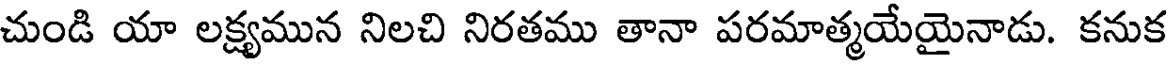
చుండి యా లక్ష్యమున నిలచి నిరతము తానా పరమాత్మయేయైనాడు. కనుక